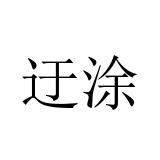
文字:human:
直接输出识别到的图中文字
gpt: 迂涂